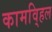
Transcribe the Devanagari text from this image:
कामवि्हल